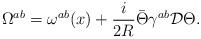
LaTeX: \begin{align*}\Omega^{ab}=\omega^{ab}(x)+{i\over{2R}}\bar\Theta\gamma^{ab}{\cal D}\Theta.\end{align*}